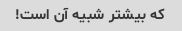
که بیشتر شبیه آن است!